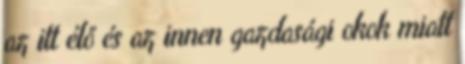
az itt élő és az innen gazdasági okok miatt